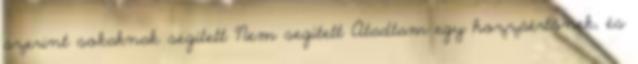
szerint sokaknak segített Nem segített Átadtam egy hozzáértőnek, és